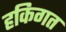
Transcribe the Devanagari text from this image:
हकिगत